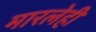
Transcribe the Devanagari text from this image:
मारलेही